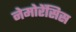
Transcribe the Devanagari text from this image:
नेमोरेंसिस